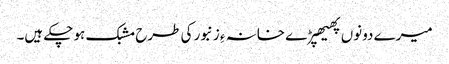
میرے دونوں پھیھپڑے خانہ ءِ زنبور کی طرح مشبک ہو چکے ہیں۔